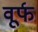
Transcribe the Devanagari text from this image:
वूर्फ